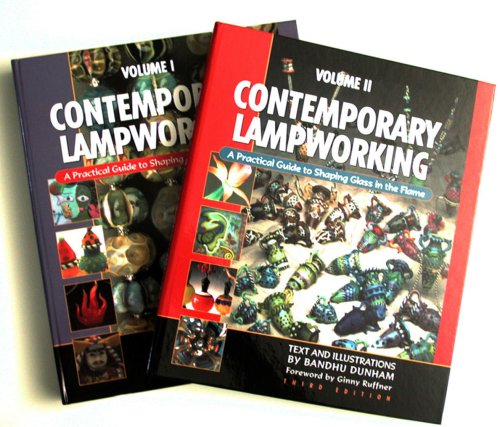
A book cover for Contemporary Lampworking: A Practical Guide to Shaping Glass in the Flame (Volume 1 and 2) Third Edition; Bandhu Scott Dunham; Engineering & Transportation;